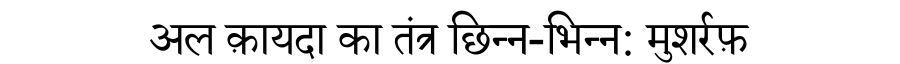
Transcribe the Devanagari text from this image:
अल क़ायदा का तंत्र छिन्न-भिन्न: मुशर्रफ़